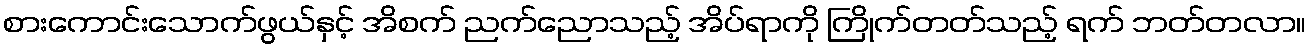
စားကောင်းသောက်ဖွယ်နှင့် အိစက် ညက်ညောသည့် အိပ်ရာကို ကြိုက်တတ်သည့် ရက် ဘတ်တလာ။